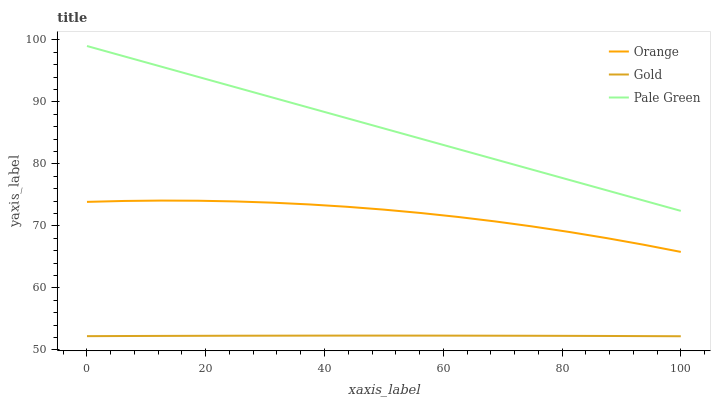
| xaxis_label | Orange | Gold | Pale Green |
 | --- | --- | --- | --- |
 | 0 | 73.9 | 52.2 | 99 |
 | 6.25 | 74 | 52.2 | 97.3 |
 | 12.5 | 74.1 | 52.3 | 95.7 |
 | 18.8 | 74.1 | 52.3 | 94 |
 | 25 | 73.9 | 52.3 | 92.4 |
 | 31.2 | 73.7 | 52.3 | 90.7 |
 | 37.5 | 73.5 | 52.3 | 89 |
 | 43.8 | 73.1 | 52.3 | 87.4 |
 | 50 | 72.6 | 52.3 | 85.7 |
 | 56.2 | 72.1 | 52.3 | 84 |
 | 62.5 | 71.4 | 52.3 | 82.4 |
 | 68.8 | 70.7 | 52.3 | 80.7 |
 | 75 | 69.9 | 52.3 | 79.1 |
 | 81.2 | 69 | 52.3 | 77.4 |
 | 87.5 | 68 | 52.3 | 75.7 |
 | 93.8 | 67 | 52.2 | 74.1 |
 | 100 | 65.8 | 52.2 | 72.4 |